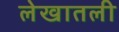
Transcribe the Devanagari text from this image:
लेखातली